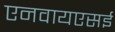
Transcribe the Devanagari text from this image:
एनवायएसई